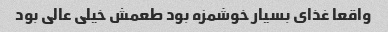
واقعا غذای بسیار خوشمزه بود طعمش خیلی عالی بود